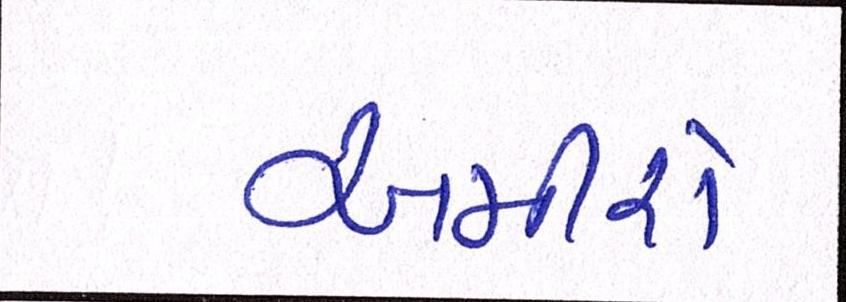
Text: અમીરો